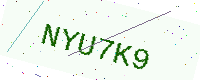
Text: NYU7K9